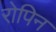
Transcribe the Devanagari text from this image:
रोपिन